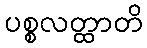
ပစ္စလတ္ထာတိ